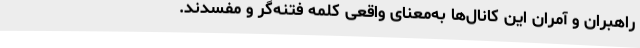
راهبران و آمران این کانال‌ها به‌معنای واقعی کلمه فتنه‌گر و مفسدند.